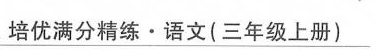
\underline{培优满分精练·语文(三年级上册)}